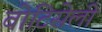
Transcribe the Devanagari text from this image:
बोटिसेली